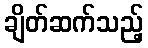
ချိတ်ဆက်သည့်